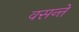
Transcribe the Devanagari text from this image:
वसन्ते